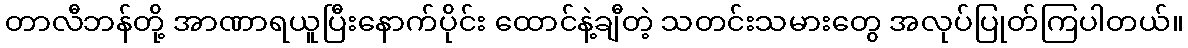
တာလီဘန်တို့ အာဏာရယူပြီးနောက်ပိုင်း ထောင်နဲ့ချီတဲ့ သတင်းသမားတွေ အလုပ်ပြုတ်ကြပါတယ်။